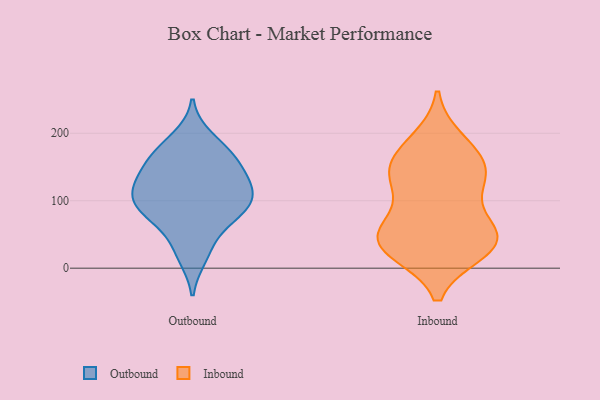
{"axis": {"x": "Humidity (%)", "y": "Value"}, "legend": ["Inbound", "Outbound"], "data": [{"x": "", "y": 18, "type": "Outbound"}, {"x": "", "y": 84, "type": "Outbound"}, {"x": "", "y": 78, "type": "Outbound"}, {"x": "", "y": 192, "type": "Outbound"}, {"x": "", "y": 167, "type": "Outbound"}, {"x": "", "y": 124, "type": "Outbound"}, {"x": "", "y": 103, "type": "Outbound"}, {"x": "", "y": 161, "type": "Outbound"}, {"x": "", "y": 115, "type": "Outbound"}, {"x": "", "y": 92, "type": "Outbound"}, {"x": "", "y": 97, "type": "Outbound"}, {"x": "", "y": 125, "type": "Outbound"}, {"x": "", "y": 74, "type": "Outbound"}, {"x": "", "y": 151, "type": "Outbound"}, {"x": "", "y": 174, "type": "Outbound"}, {"x": "", "y": 31, "type": "Outbound"}, {"x": "", "y": 131, "type": "Outbound"}, {"x": "", "y": 27, "type": "Inbound"}, {"x": "", "y": 25, "type": "Inbound"}, {"x": "", "y": 131, "type": "Inbound"}, {"x": "", "y": 46, "type": "Inbound"}, {"x": "", "y": 50, "type": "Inbound"}, {"x": "", "y": 73, "type": "Inbound"}, {"x": "", "y": 189, "type": "Inbound"}, {"x": "", "y": 158, "type": "Inbound"}, {"x": "", "y": 32, "type": "Inbound"}, {"x": "", "y": 129, "type": "Inbound"}, {"x": "", "y": 128, "type": "Inbound"}, {"x": "", "y": 176, "type": "Inbound"}, {"x": "", "y": 39, "type": "Inbound"}, {"x": "", "y": 54, "type": "Inbound"}, {"x": "", "y": 147, "type": "Inbound"}]}